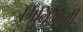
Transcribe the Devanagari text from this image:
गिलिओमी